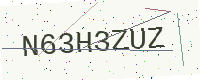
Text: N63H3ZUZ